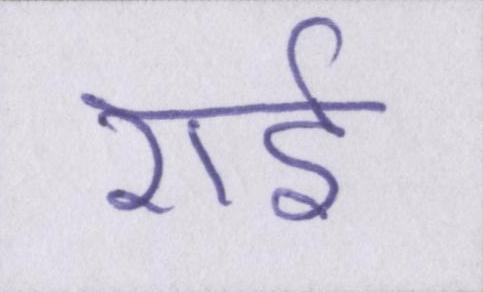
राई